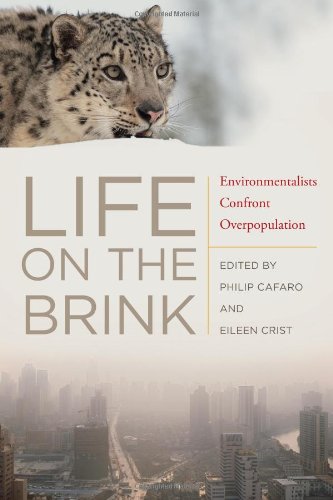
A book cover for Life on the Brink: Environmentalists Confront Overpopulation; Politics & Social Sciences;